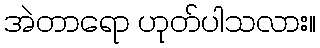
အဲတာရော ဟုတ်ပါသလား။